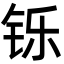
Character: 铄